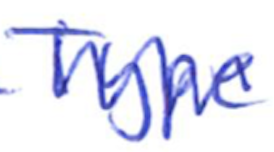
Text: Type
Cross-out: zig-zag
Writing tool: ballpoint